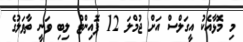
މި މޮޅާއެކު އީގަލްސް އަށް ޖުމްލަ 12 ޕޮއިންޓް ލިބި ވަނީ ތާވަލުގެ